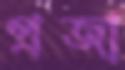
প্রজা